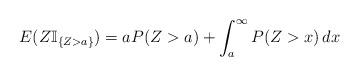
LaTeX: \begin{align*}E(Z \mathbb{I}_{\{Z > a\}}) = a P(Z > a) + \int_{a}^{\infty} P(Z > x) \, dx\end{align*}